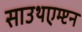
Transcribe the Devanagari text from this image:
साउथएम्प्टन